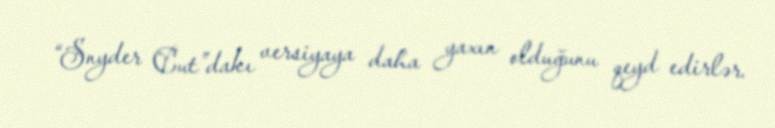
“Snyder Cut”dakı versiyaya daha yaxın olduğunu qeyd edirlər.